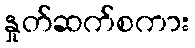
နှုတ်ဆက်စကား